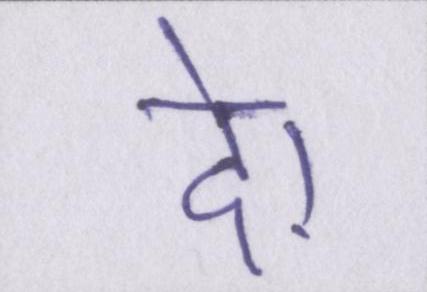
दे।